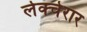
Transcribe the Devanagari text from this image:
लेक्चेरार